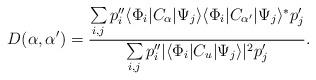
LaTeX: \begin{align*}D(\alpha,{\alpha '})={\sum\limits_{i,j}p_i''\langle\Phi_i|C_\alpha|\Psi_j\rangle\langle\Phi_i|C_{\alpha '}|\Psi_j\rangle^* p_j'\over\sum\limits_{i,j}p_i''|\langle\Phi_i|C_u|\Psi_j\rangle|^2 p_j'}.\end{align*}